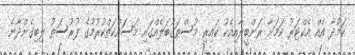
ކަމުދާ އެއް އެކްޓަރު ކަމަށާ ރަންބީރާއިއެކު ކައިރި މުސްތަގުބަލެއްގައި މަސައްކަތްކުރުމުގެ ފުރުސަތު ލިބިގެންދާނެ